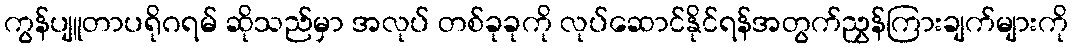
ကွန်ပျူတာပရိုဂရမ် ဆိုသည်မှာ အလုပ် တစ်ခုခုကို လုပ်ဆောင်နိုင်ရန်အတွက်ညွှန်ကြားချက်များကို